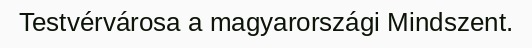
Testvérvárosa a magyarországi Mindszent.